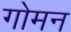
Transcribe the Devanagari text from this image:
गोमन